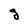
Character: g